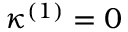
\kappa ^ { ( 1 ) } = 0